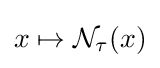
x\mapsto {\mathcal {N}}_{\tau }(x)